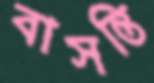
বাসন্তি